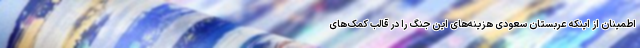
اطمینان از اینکه عربستان سعودی هزینه‌های این جنگ را در قالب کمک‌های